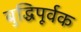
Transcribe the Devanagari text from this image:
बुद्धिपूर्वक